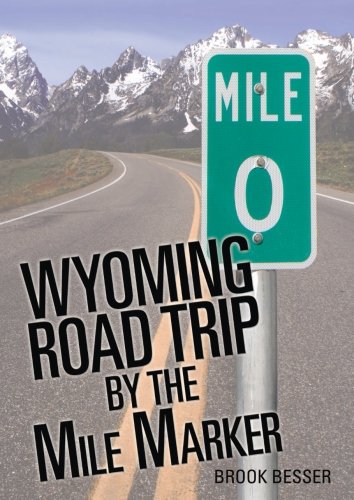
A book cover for Wyoming Road Trip by the Mile Marker: Travel/Vacation Guide to Yellowstone, Grand Teton, Devils Tower, Oregon Trail, Camping, Hiking, Tourism, More...; Brook Besser; Travel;